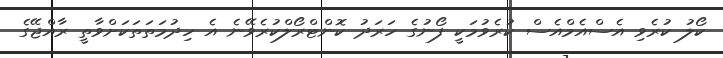
ކޯލު ކުރެވި އެސްއެމްއެސް ކުރެވުމަކީ ފޯނުގެ ހަރަދު ކޮންޓްރޯލްކުރެވޭނެ އެ ހިދުމަތަތަކަށްވާތީ ރާއްޖޭގެ